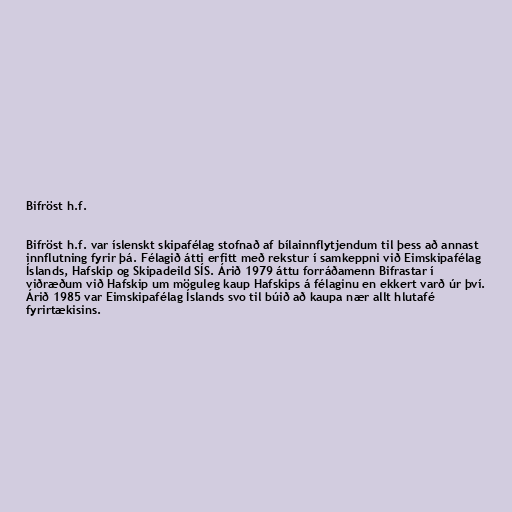
Bifröst h.f.

Bifröst h.f. var íslenskt skipafélag stofnað af bílainnflytjendum til þess að annast
innflutning fyrir þá. Félagið átti erfitt með rekstur í samkeppni við Eimskipafélag
Íslands, Hafskip og Skipadeild SÍS. Árið 1979 áttu forráðamenn Bifrastar í
viðræðum við Hafskip um möguleg kaup Hafskips á félaginu en ekkert varð úr því.
Árið 1985 var Eimskipafélag Íslands svo til búið að kaupa nær allt hlutafé
fyrirtækisins.